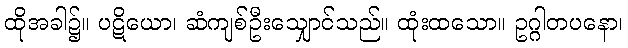
ထိုအခါ၌။ ပဋိယော၊ ဆံကျစ်ဦးသျှောင်သည်။ ထုံးထသော။ ဥဂ္ဂါတပနော၊